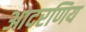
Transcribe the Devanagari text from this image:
आदरणिय